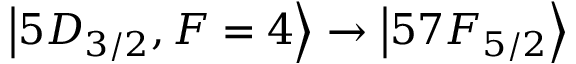
\ensuremath { \left\vert 5 D _ { 3 / 2 } , F = 4 \right\rangle } \rightarrow \ensuremath { \left\vert 5 7 F _ { 5 / 2 } \right\rangle }